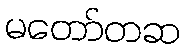
မတော်တဆ